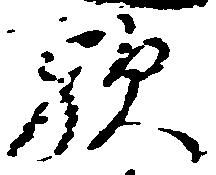
歟